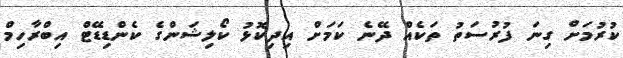
ކުރުމަށް ގިނަ ފުރުސަތު ތަކެއް ދޭނެ ކަމަށް އިދިކޮޅު ކޯލިޝަންގެ ކެންޑިޑޭޓް އިބްރާހިމް